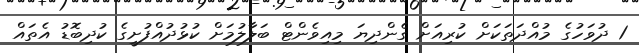
1 ދުވަހުގެ މުއްދަތަކަށް ކުރިއަށް ގެންދިޔަ މިއިވެންޓް ބަލާލުމަށް ކުޅުދުއްފުށީގެ ކުދިބޮޑު އެތައް